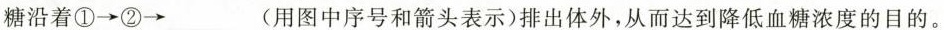
糖沿着①\rightarrow ②\rightarrow___(用图中序号和箭头表示)排出体外，从而达到降低血糖浓度的目的。